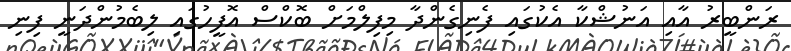
ރަންބީރު އާއި އަނުޝްކާ އެކުގައި ފެނިގެންދާ މިފިލްމަށް ބޮކްސް އޮފީހުގައި ލިބެމުންދަނީ ފިނި